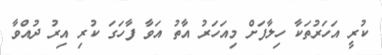
ކުރީ އަހަރުތަކާ ހިލާފަށް މިއަހަރު އާތު އަވާ ފާހަގަ ކުރި އިރު ދުއްވާ